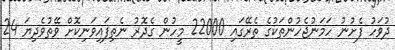
ދުވަހު ފެށުނު ހަމަނުޖެހުންތަކުގެ ތެރޭގައި 22000 މީހުން ގެދޮރު ނެތިފައިވަނިކޮށް ވޭތުވެދިޔަ 24